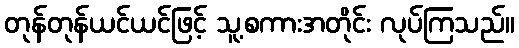
တုန်တုန်ယင်ယင်ဖြင့် သူ့စကားအတိုင်း လုပ်ကြသည်။